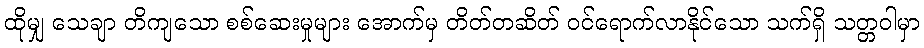
ထိုမျှ သေချာ တိကျသော စစ်ဆေးမှုများ အောက်မှ တိတ်တဆိတ် ဝင်ရောက်လာနိုင်သော သက်ရှိ သတ္တဝါမှာ